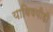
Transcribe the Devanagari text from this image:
याविषयीही